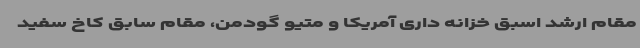
مقام ارشد اسبق خزانه داری آمریکا و متیو گودمن، مقام سابق کاخ سفید